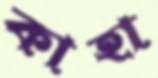
কাহা